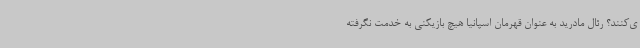
ی‌کنند؟ رئال مادرید به عنوان قهرمان اسپانیا هیچ بازیکنی به خدمت نگرفته